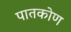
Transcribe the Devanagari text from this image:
पातकोण